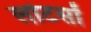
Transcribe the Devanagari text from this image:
लोटसों